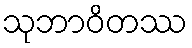
သုဘာဝိတဿ